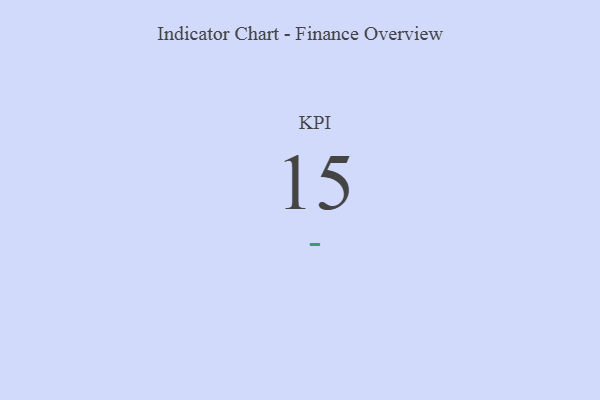
{"axis": {"x": "KPI", "y": "Value"}, "legend": [""], "data": [{"x": "KPI", "y": 15, "type": ""}]}